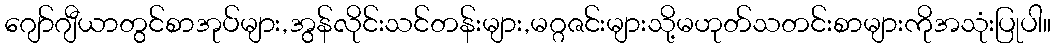
ဂျော်ဂျီယာတွင်စာအုပ်များ,အွန်လိုင်းသင်တန်းများ,မဂ္ဂဇင်းများသို့မဟုတ်သတင်းစာများကိုအသုံးပြုပါ။